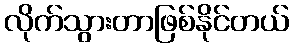
လိုက်သွားတာဖြစ်နိုင်တယ်